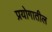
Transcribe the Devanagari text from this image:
प्रयोगातील